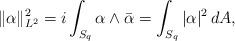
LaTeX: \begin{align*}\|\alpha\|_{L^2}^2 = i \int_{S_q} \alpha \wedge \bar \alpha = \int_{S_q} |\alpha|^2\, dA,\end{align*}